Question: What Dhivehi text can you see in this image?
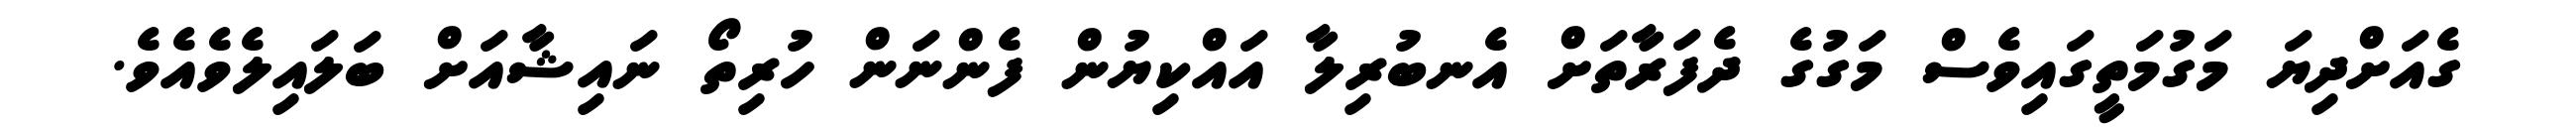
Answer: ގެއަށްދިޔަ މަގުމަތީގައިވެސް މަގުގެ ދެފަރާތަށް އެނބުރިލާ އައްކިޔުން ފެންނަން ހުރިތޯ ނައިޝާއަށް ބަލައިލެވެއެވެ.